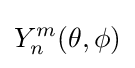
Y_{n}^{m}(\theta ,\phi )